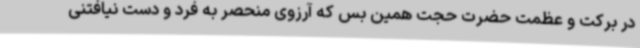
در برکت و عظمت حضرت حجت همین بس که آرزوی منحصر به فرد و دست نیافتنی